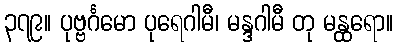
၃၇၉။ ပုဗ္ဗင်္ဂမော ပုရေဂါမီ၊ မန္ဒဂါမီ တု မန္ထရော။